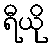
ရီယို